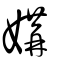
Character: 媾